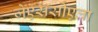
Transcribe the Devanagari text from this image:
जेएससीएला